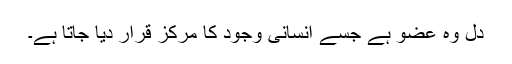
دل وہ عضو ہے جسے انسانی وجود کا مرکز قرار دیا جاتا ہے۔